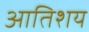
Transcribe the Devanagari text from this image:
आतिशय